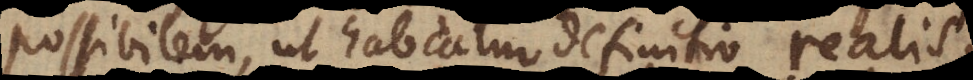
possibilem, ut habeatur definitio realis;